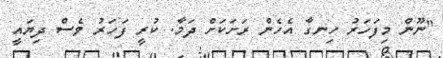
"ނޫން މިފަހަރު ހިނގާ އެހެން ރަށަކަށް ދަމާ. ކުރީ ފަހަރު ވެސް ދިޔައީ